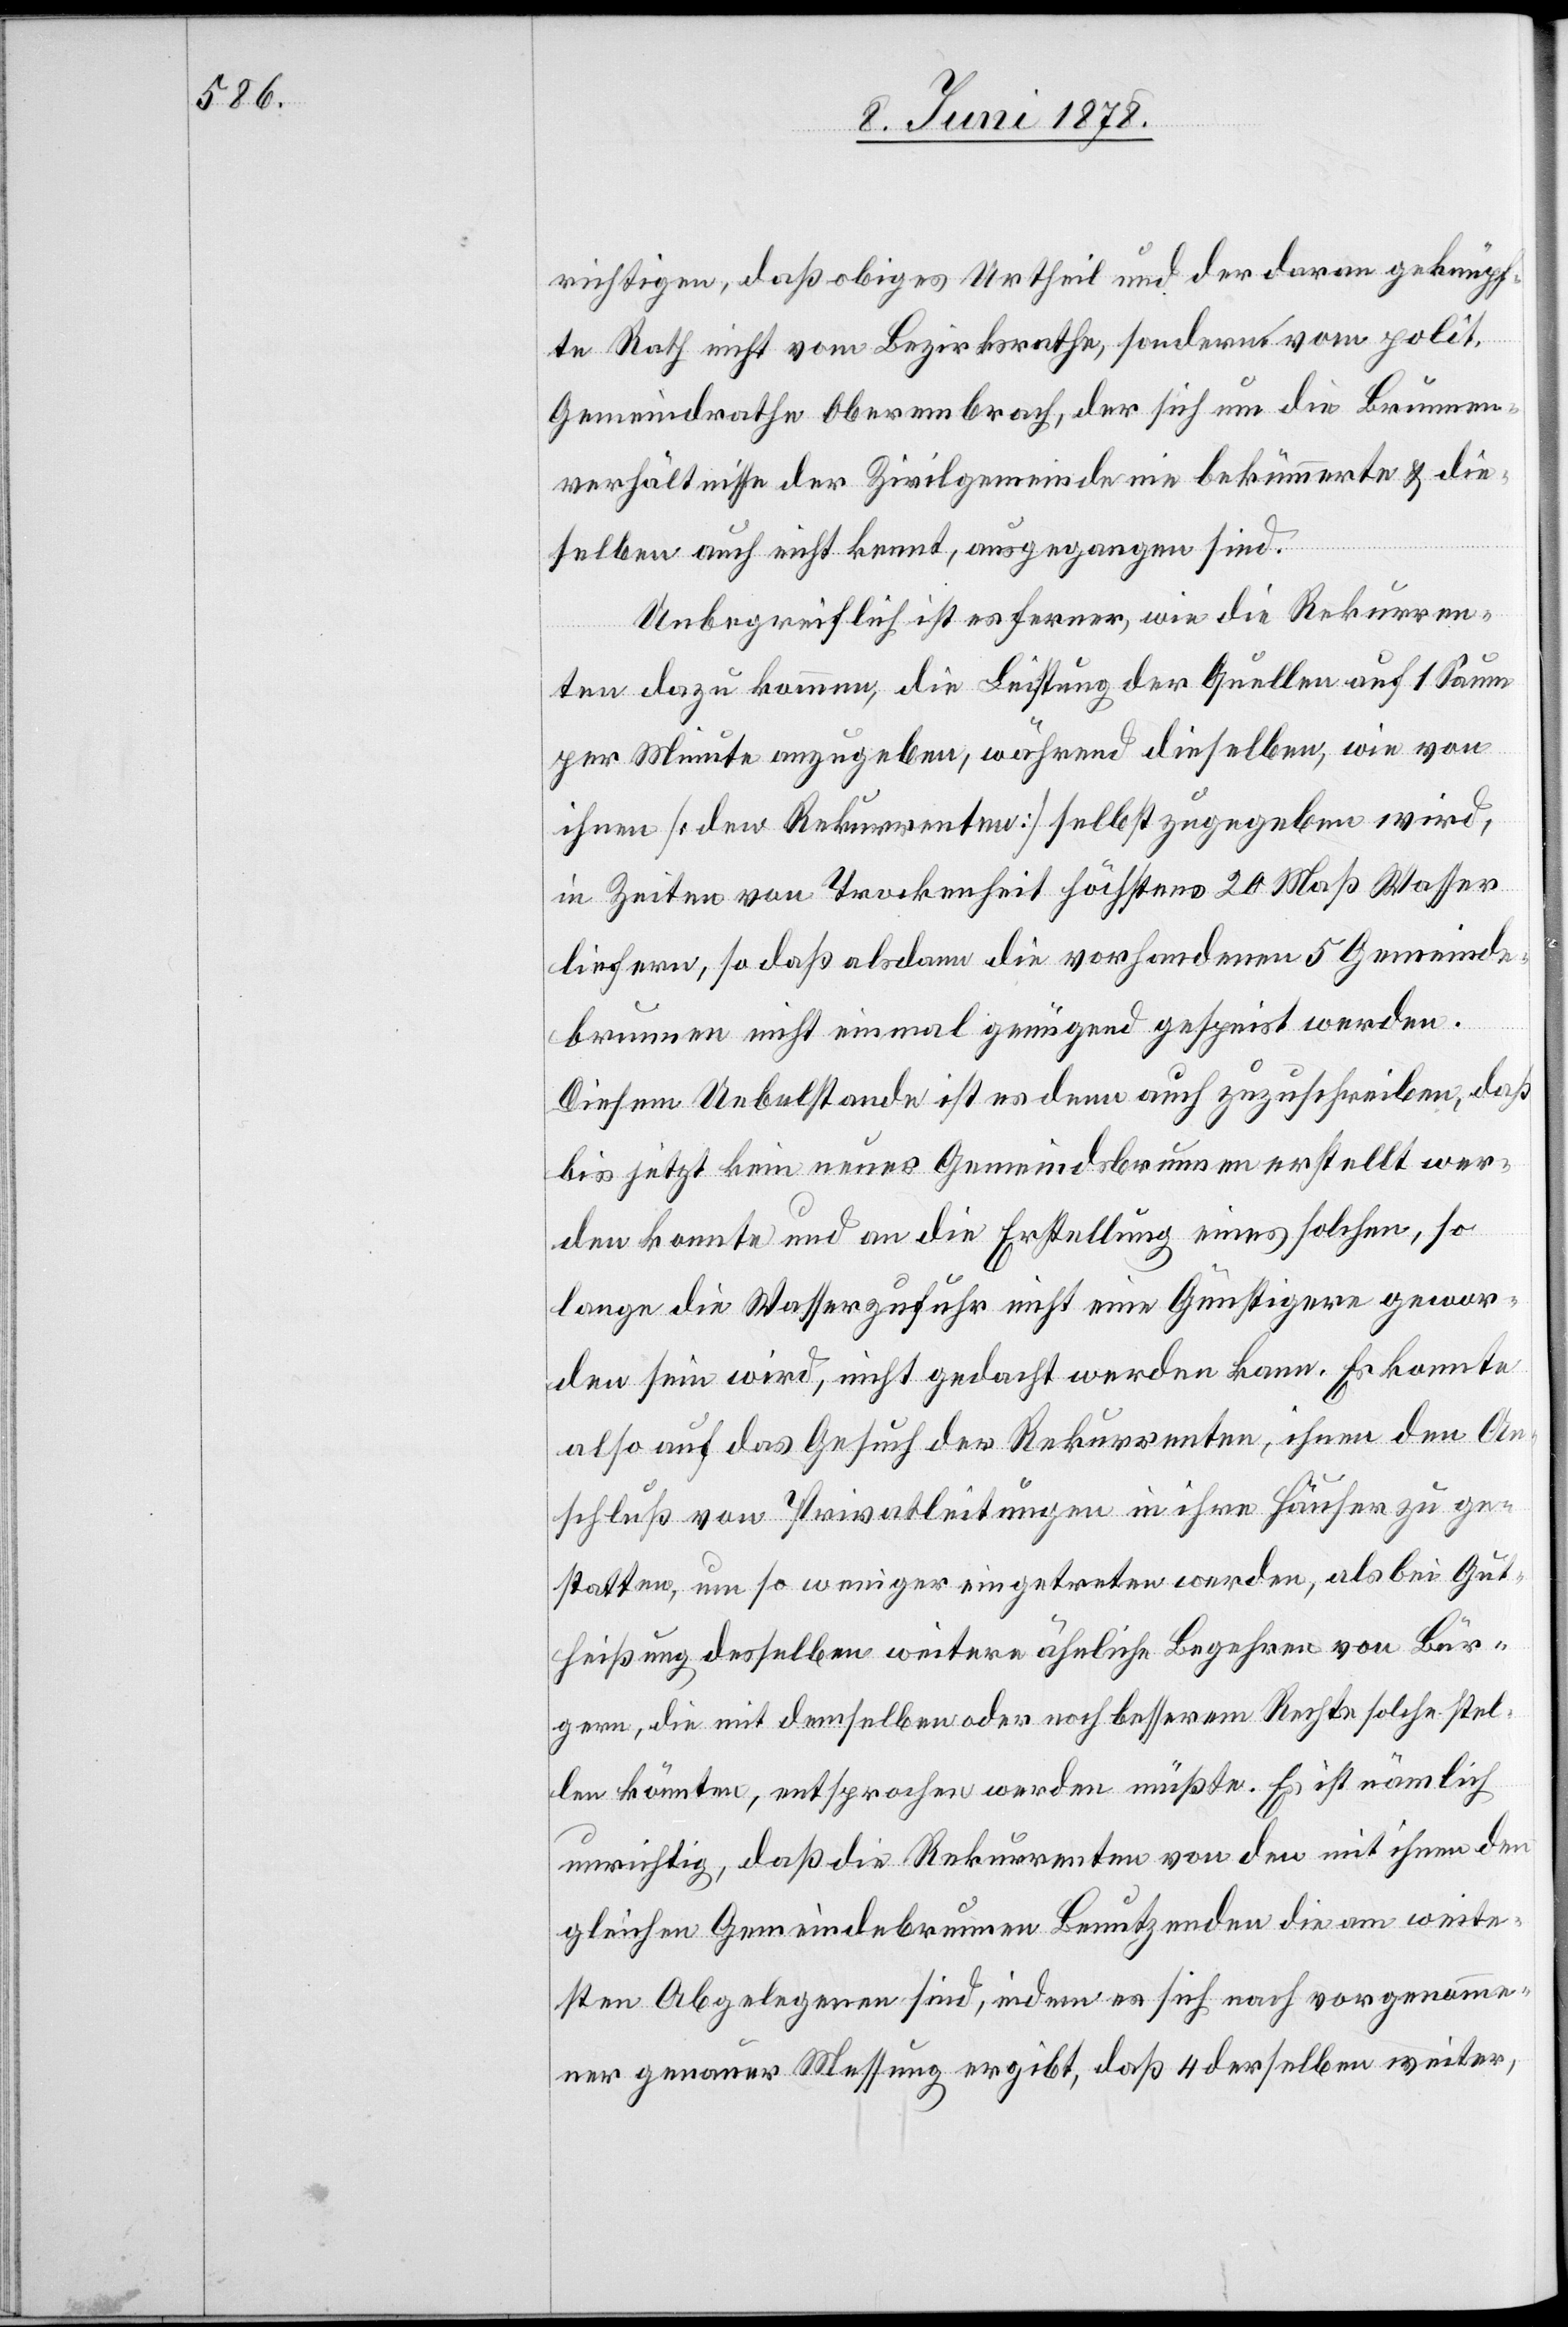
richtigen, daß obiges Urtheil und der daran geknüpf¬
te Rath nicht vom Bezirksrathe, sondern vom polit.
Gemeindrathe Oberembrach, der sich um die Brunnen¬
verhältnisse der Zivilgemeinde nie bekümmerte & die¬
selben auch nicht kennt, ausgegangen sind.
Unbegreiflich ist es ferner, wie die Rekurren¬
ten dazu kommen, die Leistung der Quellen auf 1 Saum
per Minute anzugeben, während dieselben, wie von
ihnen [den Rekurrenten] selbst zugegeben wird,
in Zeiten von Trockenheit höchstens 20 Maß Wasser
liefern, so daß alsdann die vorhandenen 5 Gemeinde¬
brunnen nicht einmal genügend gespeist werden.
Diesem Uebelstande ist es denn auch zuzuschreiben, daß
bis jetzt kein neuer Gemeindsbrunnen erstellt wer¬
den konnte und an die Erstellung eines solchen, so
lange die Wasserzufuhr nicht eine Günstigere gewor¬
den sein wird, nicht gedacht werden kann. Es konnte
also auf das Gesuch der Rekurrenten, ihnen den An¬
schluß von Privatleitungen in ihre Häuser zu ge¬
statten, um so weniger eingetreten werden, als bei Gut¬
heißung desselben weitere ähnliche Begehren von Bür¬
gern, die mit demselben oder noch besserm Rechte solche stel¬
len könnten, entsprochen werden müßte. Es ist nämlich
unrichtig, daß die Rekurrenten von den mit ihnen den
gleichen Gemeindebrunnen Benutzenden die am weite¬
sten Abgelegenen sind, indem es sich nach vorgenomme¬
ner genauer Messung ergibt, daß 4 derselben weiter,